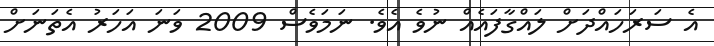
އެ ސަރަހައްދަށް ލައްގާފައެއް ނުވެ އެވެ. ނަމަވެސް 2009 ވަނަ އަހަރު އެތަނަށް